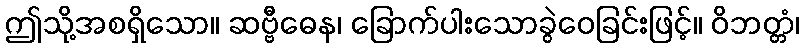
ဤသို့အစရှိသော။ ဆဗ္ဗီဓေန၊ ခြောက်ပါးသောခွဲဝေခြင်းဖြင့်။ ဝိဘတ္တံ၊